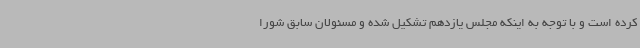
کرده است و با توجه به اینکه مجلس یازدهم تشکیل شده و مسئولان سابق شورا